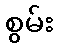
စွမ်း